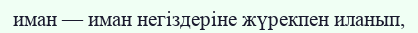
иман — иман негіздеріне жүрекпен иланып,